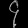
Digit: ၄